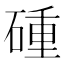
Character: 𥔧